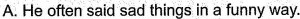
A. He often said sad things in a funny way